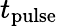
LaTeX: t_{\mathrm{pulse}}